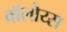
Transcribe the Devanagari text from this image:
वॉलोय्स